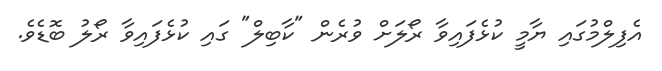
އެފިލްމުގައި ޔާމީ ކުޅެފައިވާ ރޯލަށް ވުރެން "ކާބިލް" ގައި ކުޅެފައިވާ ރޯލު ބޮޑެވެ.